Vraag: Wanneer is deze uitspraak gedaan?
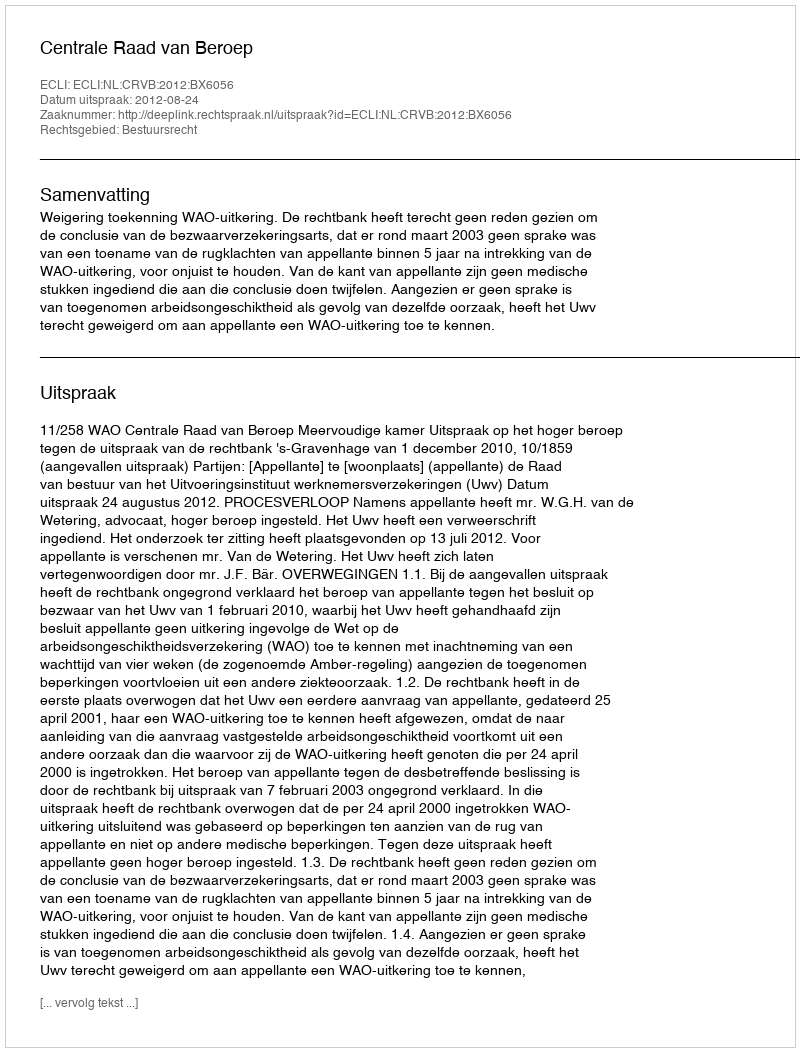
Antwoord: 2012-08-24